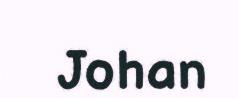
Johan